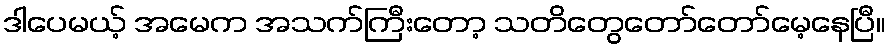
ဒါပေမယ့် အမေက အသက်ကြီးတော့ သတိတွေတော်တော်မေ့နေပြီ။